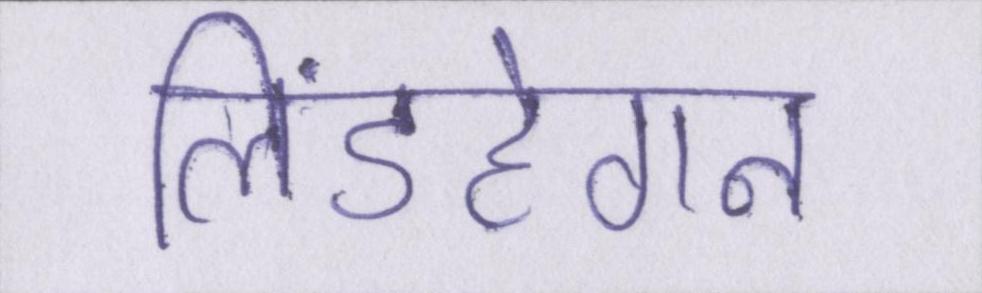
लिंडहेगन